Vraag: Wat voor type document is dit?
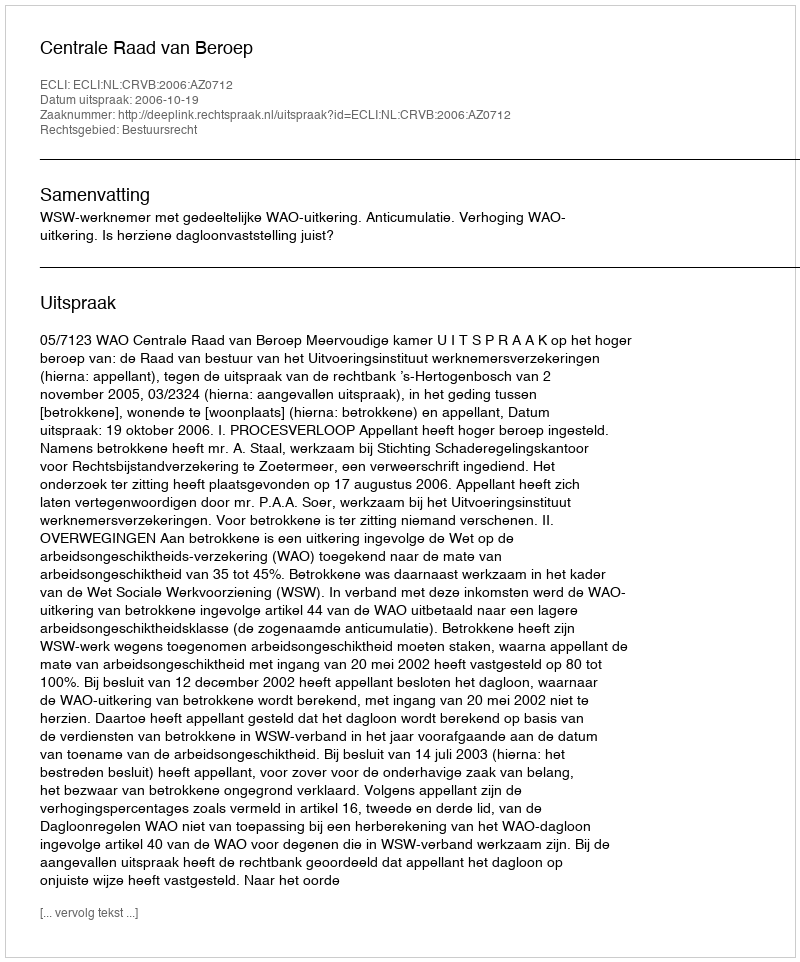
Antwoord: Uitspraak